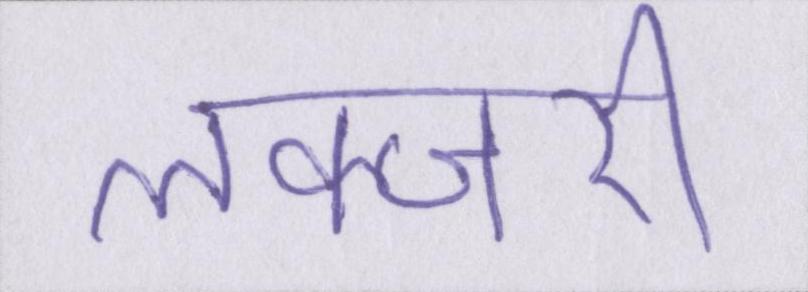
लक्जरी